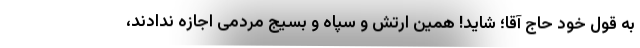
به قول خود حاج آقا؛ شاید! همین ارتش و سپاه و بسیج مردمی اجازه ندادند،